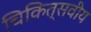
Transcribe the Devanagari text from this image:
चिकित्सवीय